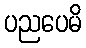
ပညပေမိ